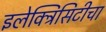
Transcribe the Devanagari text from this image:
इलेक्ट्रिसिटीचा